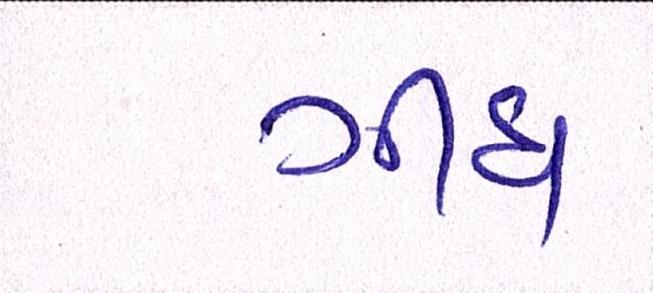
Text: ગીધ